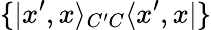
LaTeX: \{ |x^{\prime},x\rangle_{C^{\prime}C}\langle x^{\prime},x|\}